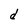
Character: d